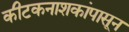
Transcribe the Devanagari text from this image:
कीटकनाशकांपासून